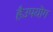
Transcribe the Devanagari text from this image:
हैउपयॊग